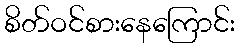
စိတ်ဝင်စားနေကြောင်း